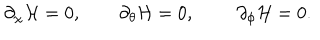
\partial _ { \chi } { \cal H } = 0 , ~ ~ \partial _ { \theta } { \cal H } = 0 , \partial _ { \phi } { \cal H } = 0 .